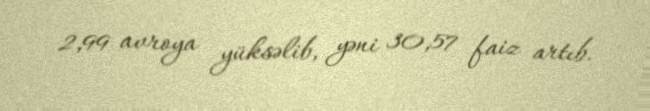
2,99 avroya yüksəlib, yəni 30,57 faiz artıb.